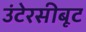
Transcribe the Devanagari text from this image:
उंटेरसीबूट